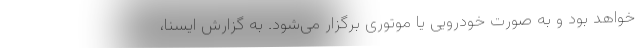
خواهد بود و به صورت خودرویی یا موتوری برگزار می‌شود. به گزارش ایسنا،